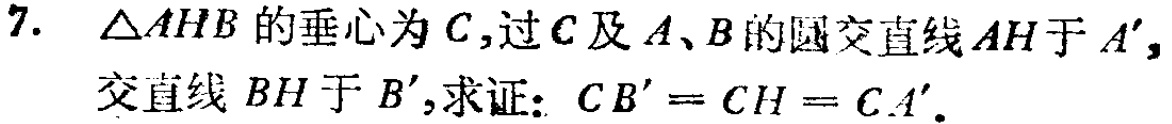
7. $\triangle AHB$的垂心为$C$,过$C$及$A、B$的圆交直线$AH$于$A'$,交直线$BH$于$B'$,求证：$CB' = CH = CA'$.